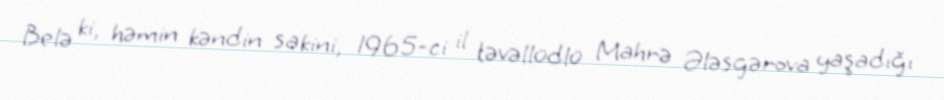
Belə ki, həmin kəndin sakini, 1965-ci il təvəllüdlü Mahrə Ələsgərova yaşadığı